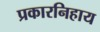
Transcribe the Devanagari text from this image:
प्रकारनिहाय